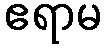
ဧရာမ